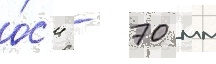
о́с'и - 70 мм